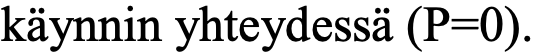
käynnin yhteydessä (P=0).